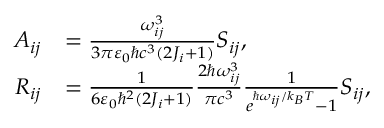
\begin{array} { r l } { A _ { i j } } & { = \frac { \omega _ { i j } ^ { 3 } } { 3 \pi \varepsilon _ { 0 } \hbar c ^ { 3 } ( 2 J _ { i } + 1 ) } S _ { i j } , } \\ { R _ { i j } } & { = \frac { 1 } { 6 \varepsilon _ { 0 } \hbar ^ { 2 } ( 2 J _ { i } + 1 ) } \frac { 2 \hbar \omega _ { i j } ^ { 3 } } { \pi c ^ { 3 } } \frac { 1 } { e ^ { \hbar \omega _ { i j } / k _ { B } T } - 1 } S _ { i j } , } \end{array}